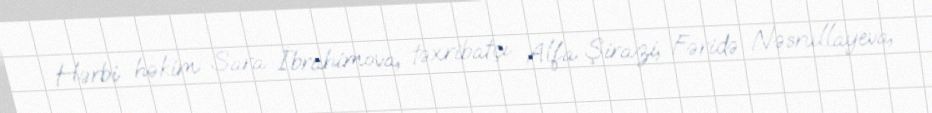
Hərbi həkim Sara İbrahimova, təxribatçı Alfa Şirazi, Fəridə Nəsrullayeva,